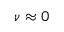
\nu \approx 0